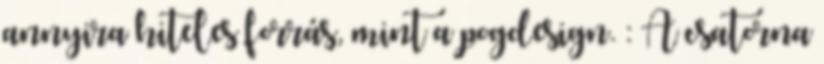
annyira hiteles forrás, mint a pogdesign. : A csatorna